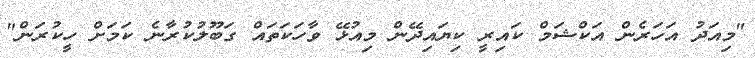
"މިއަދު އަހަރެން އަކްޝަމް ކައިރީ ކިޔައިދޭން މިއުޅޭ ވާހަކަތައް ގަބޫލުކުރާނެ ކަމަށް ހީކުރަން"